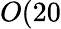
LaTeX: O(20